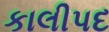
કાલીપદ